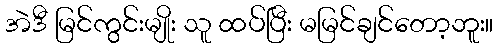
အဲဒီ မြင်ကွင်းမျိုး သူ ထပ်ပြီး မမြင်ချင်တော့ဘူး။